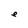
Character: e